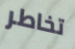
تخاطر